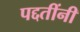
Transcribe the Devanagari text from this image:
पद्दतींनी